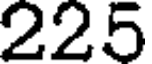
225